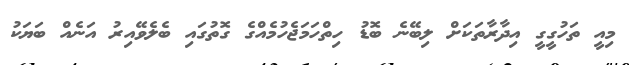
މިއީ ތަހުގީގީ އިދާރާތަކަށް ލިބޭނެ ބޮޑު ހިތްހަމަޖެހުމެއްގެ ގޮތުގައި ބެލެވޭއިރު އަނެއް ބަޔަކު